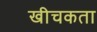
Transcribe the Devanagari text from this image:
खीचकता